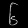
Digit: ၆